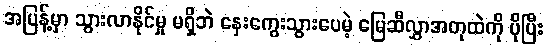
အပြန့်မှာ သွားလာနိုင်မှု မရှိဘဲ နှေးကွေးသွားပေမဲ့ မြေဆီလွှာအတုထဲကို ပိုပြီး